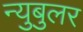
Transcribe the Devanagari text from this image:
न्‍युबुलर